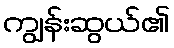
ကျွန်းဆွယ်၏